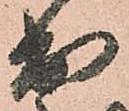
出